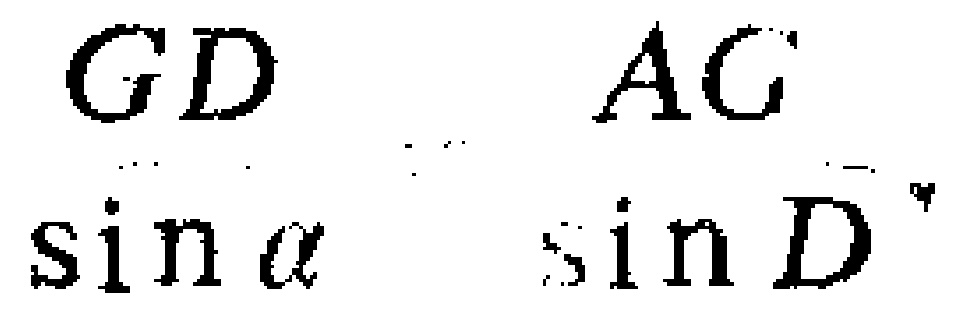
$\frac{GD}{\sin\alpha}\ \ \frac{AC}{\sin D}$